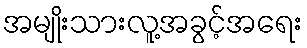
အမျိုးသားလူ့အခွင့်အရေး